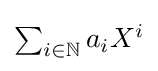
\textstyle \sum _{i\in \mathbb {N} }a_{i}X^{i}